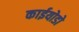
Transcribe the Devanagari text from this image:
काईयोडो